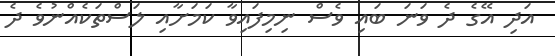
އަދި އޭގެ ދެ ވަނަ ބައި ވެސް ނިމިފައިވާ ކަމަށާއި ލަސްތަކެއްނުވެ ދެ